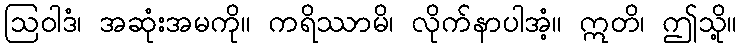
ဩဝါဒံ၊ အဆုံးအမကို။ ကရိဿာမိ၊ လိုက်နာပါအံ့။ ဣတိ၊ ဤသို့။